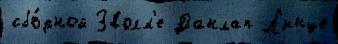
сбо́рной Зволл'е Данлап Л'инце